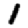
Digit: 1